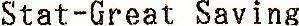
STAT-GREAT SAVING